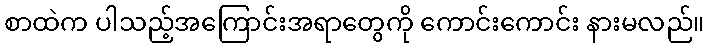
စာထဲက ပါသည့်အကြောင်းအရာတွေကို ကောင်းကောင်း နားမလည်။